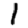
Digit: 1